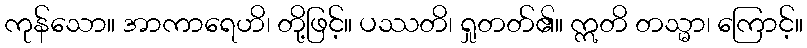
ကုန်သော။ အာကာရေဟိ၊ တို့ဖြင့်။ ပဿတိ၊ ရှုတတ်၏။ ဣတိ တသ္မာ၊ ကြောင့်။